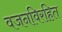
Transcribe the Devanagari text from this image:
वजनविरहित